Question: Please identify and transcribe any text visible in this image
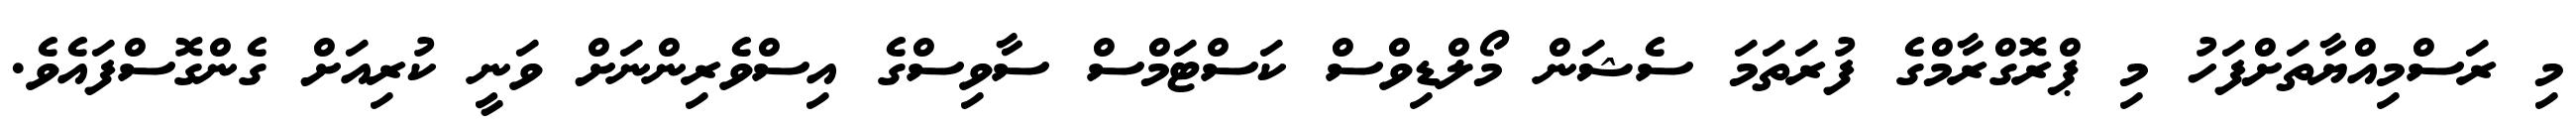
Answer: މި ރަސްމިއްޔާތަށްފަހު މި ޕްރޮގްރާމްގެ ފުރަތަމަ ސެޝަން މޯލްޑިވްސް ކަސްޓަމްސް ސާވިސްގެ އިސްވެރިންނަށް ވަނީ ކުރިއަށް ގެންގޮސްފައެވެ.